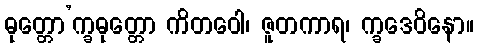
ဓုတ္တော’က္ခဓုတ္တော ကိတဝေါ၊ ဇူတကာရ၊ က္ခဒေဝိနော။